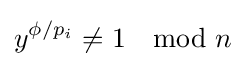
y^{\phi /p_{i}}\neq 1\mod n